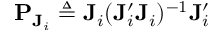
\mathbf { P } _ { \mathbf { J } _ { i } } \triangleq \mathbf { J } _ { i } ( \mathbf { J } _ { i } ^ { \prime } \mathbf { J } _ { i } ) ^ { - 1 } \mathbf { J } _ { i } ^ { \prime }